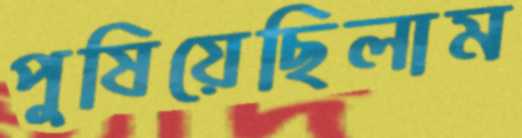
পুষিয়েছিলাম